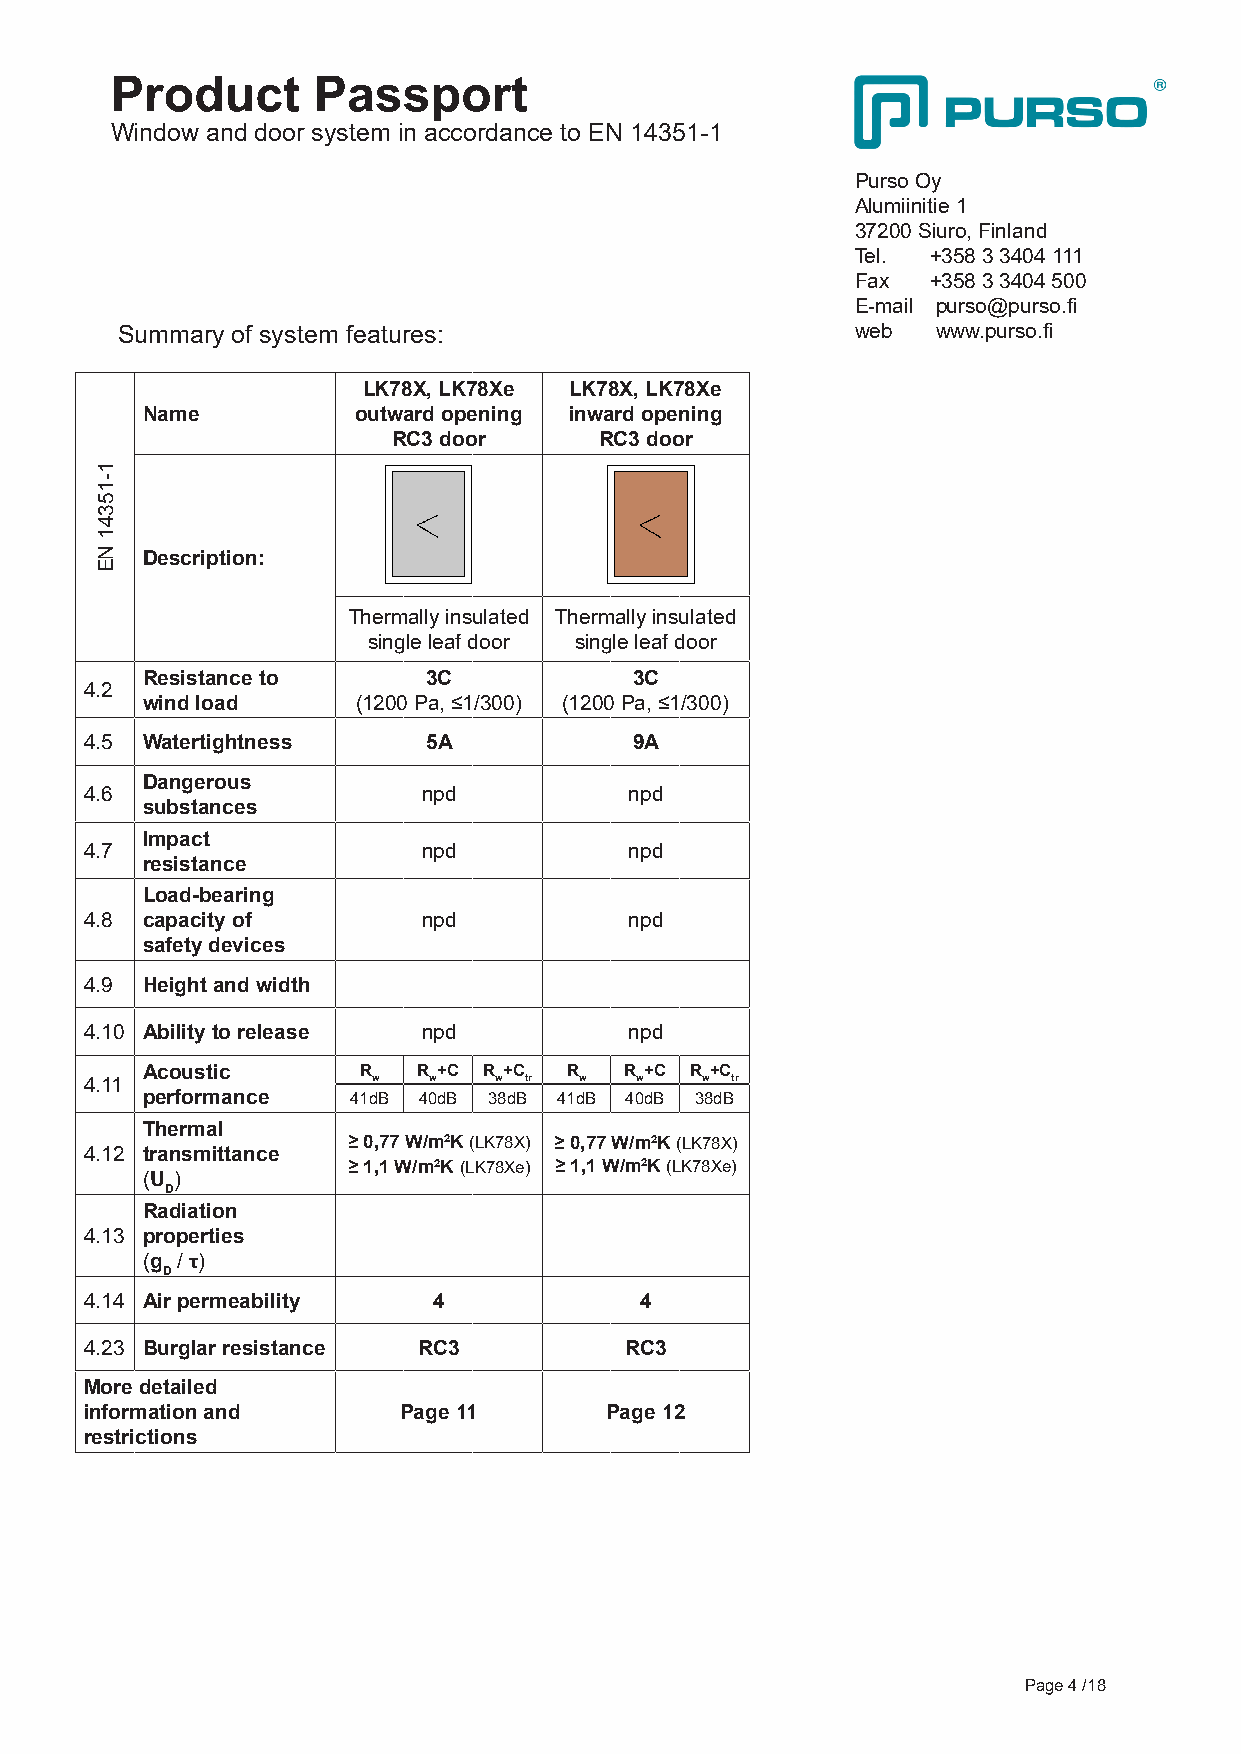
Product       Passport
 Window and door system in accordance to EN 14351-1
 Purso Oy
 Alumiinitie 1
 37200 Siuro, Finland
 Tel. +358 3 3404 111
 Fax  +358 3 3404 500
 E-mail purso@purso.fi
 Summary of system features:                      web  www.purso.fi
 LK78X, LK78Xe LK78X, LK78Xe
 Name          outward opening inward opening
 RC3 door      RC3 door
 Description:
 Thermally insulated Thermally insulated
 single leaf door single leaf door
 Resistance to      3C            3C
 4.2
 wind load      (1200 Pa, ≤1/300) (1200 Pa, ≤1/300)
 4.5 Watertightness    5A            9A
 Dangerous
 4.6                   npd           npd
 substances
 Impact
 4.7                   npd           npd
 resistance
 Load-bearing
 4.8 capacity of       npd           npd
 safety devices
 4.9 Height and width
 4.10 Ability to release npd         npd
 Acoustic       R   R +C R +C R  R +C R +C
 4.11               w  w    w tr w   w   w tr
 performance   41dB 40dB 38dB 41dB 40dB 38dB
 Thermal
 ≥ 0,77 W/m2K (LK78X) ≥ 0,77 W/m2K (LK78X)
 4.12 transmittance
 ≥ 1,1 W/m2K (LK78Xe) ≥ 1,1 W/m2K (LK78Xe)
 (U )
 D
 Radiation
 4.13 properties
 (g / τ)
 D
 4.14 Air permeability  4            4
 4.23 Burglar resistance RC3        RC3
 More detailed
 information and     Page 11       Page 12
 restrictions
 Page 4 /18
 1-15341
 NE